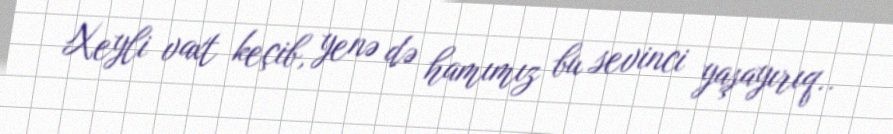
Xeyli vaxt keçib, yenə də hamımız bu sevinci yaşayırıq..